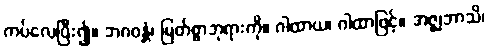
ကပ်လေပြီး၍။ ဘဂဝန္တံ၊ မြတ်စွာဘုရားကို။ ဂါထာယ၊ ဂါထာဖြင့်။ အဇ္ဈဘာသိ၊